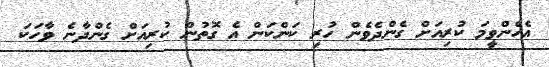
އެހެންވީމަ ކުރިއަށް ގެންދެވެން ހުރި ކަންކަން އެ ގޮތުން ކުރިއަށް ގެންދާނެ ވާހަކަ